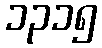
၁၃၁၅